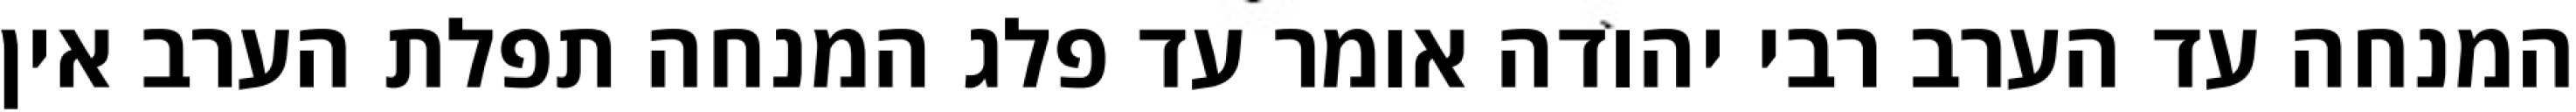
המנחה עד הערב רבי יהודה אומר עד פלג המנחה תפלת הערב אין